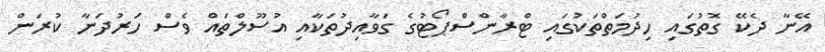
އޭނާ ދެކޭ ގޮތުގައި ހިދުމަތްތަކުގައި ޓްރާންސްޕޯޓުގެ ގަވާއިދުތަކާއި އުސޫލްތައް ވެސް ހަރުދަނާ ކުރަން